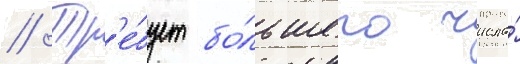
// Тр'е́бует бо́льшего числа́